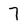
Character: 7